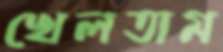
খেলতাম